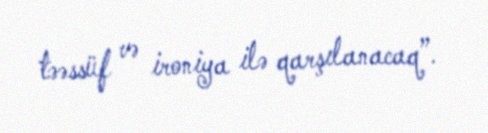
təəssüf və ironiya ilə qarşılanacaq”.